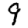
Digit: 9